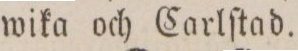
wika och Carlſtad.